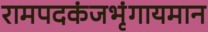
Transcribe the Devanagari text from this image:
रामपदकंजभृंगायमान